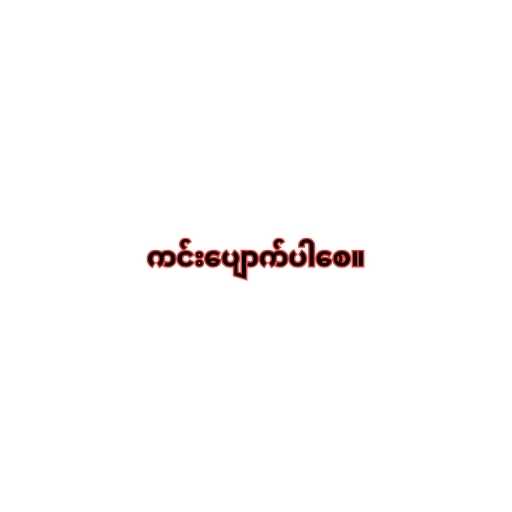
ကင်းပျောက်ပါစေ။